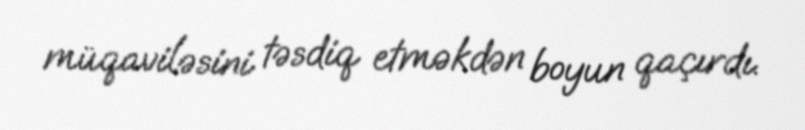
müqaviləsini təsdiq etməkdən boyun qaçırdı.